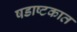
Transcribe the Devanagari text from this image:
षडाष्टकात